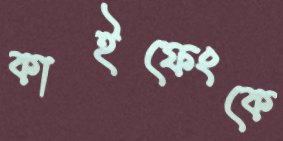
কাইফেংকে